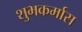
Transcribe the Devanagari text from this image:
शुभकर्मास